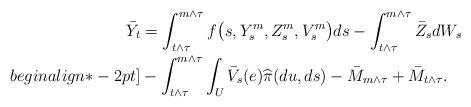
LaTeX: \begin{align*}\bar Y_t & = \int_{t\wedge\tau}^{m\wedge\tau} f \bigl(s,Y^m_s,Z^m_s,V^m_s \bigr) ds - \int_{t\wedge\tau}^{m\wedge\tau} \bar Z_s dW_s \\begin{align*}-2pt] & - \int_{t\wedge\tau}^{m\wedge\tau} \int _U \bar V_s(e) \widehat\pi(du,ds) - \bar M_{m\wedge\tau} + \bar M_{t\wedge \tau}.\end{align*}